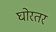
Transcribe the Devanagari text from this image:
घोरतर